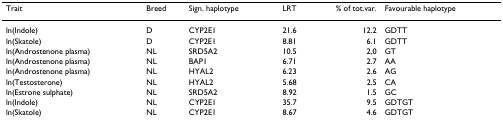
<table><thead><tr><td><b>Trait</b></td><td><b>Breed</b></td><td><b>Sign. haplotype</b></td><td><b>LRT</b></td><td><b>% of tot.var.</b></td><td><b>Favourable haplotype</b></td></tr></thead><tbody><tr><td>ln(Indole)</td><td>D</td><td>CYP2E1</td><td>21.6</td><td>12.2</td><td>GDTT</td></tr><tr><td>ln(Skatole)</td><td>D</td><td>CYP2E1</td><td>8.81</td><td>6.1</td><td>GDTT</td></tr><tr><td>ln(Androstenone plasma)</td><td>NL</td><td>SRD5A2</td><td>10.5</td><td>2,0</td><td>GT</td></tr><tr><td>ln(Androstenone plasma)</td><td>NL</td><td>BAP1</td><td>6.71</td><td>2.7</td><td>AA</td></tr><tr><td>ln(Androstenone plasma)</td><td>NL</td><td>HYAL2</td><td>6.23</td><td>2.6</td><td>AG</td></tr><tr><td>ln(Testosterone)</td><td>NL</td><td>HYAL2</td><td>5.68</td><td>2.5</td><td>CA</td></tr><tr><td>ln(Estrone sulphate)</td><td>NL</td><td>SRD5A2</td><td>8.92</td><td>1.5</td><td>GC</td></tr><tr><td>ln(Indole)</td><td>NL</td><td>CYP2E1</td><td>35.7</td><td>9.5</td><td>GDTGT</td></tr><tr><td>ln(Skatole)</td><td>NL</td><td>CYP2E1</td><td>8.67</td><td>4.6</td><td>GDTGT</td></tr></tbody></table>